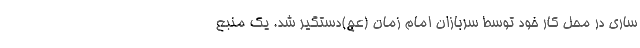
ساری در محل کار خود توسط سربازان امام زمان (عج)دستگیر شد. یک منبع